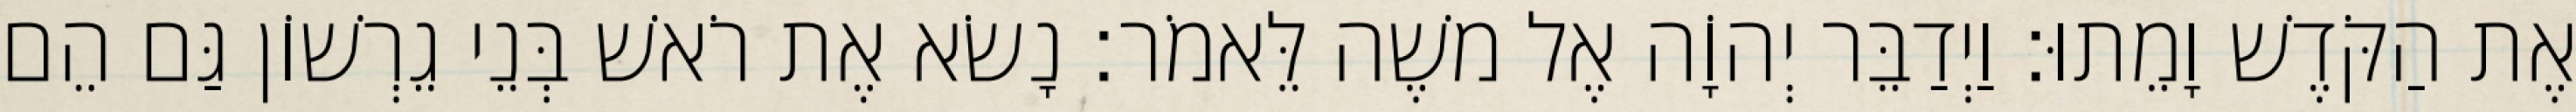
אֶת הַקֹּדֶשׁ וָמֵתוּ׃ וַיְדַבֵּר יְהוָֹה אֶל משֶׁה לֵּאמֹר׃ נָשׂא אֶת רֹאשׁ בְּנֵי גֵרְשׁוֹן גַּם הֵם